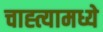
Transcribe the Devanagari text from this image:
चाह्त्यामध्ये